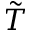
\tilde { T }